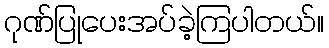
ဂုဏ်ပြုပေးအပ်ခဲ့ကြပါတယ်။